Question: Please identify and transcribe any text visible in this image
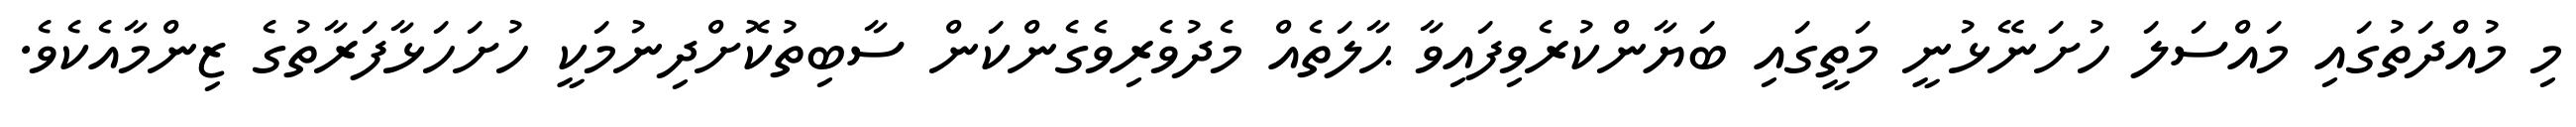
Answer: މި މުއްދަތުގައި މައްސަލަ ހުށަނޭޅުނީ މަތީގައި ބަޔާންކުރެވިފައިވާ ޙާލަތެއް މެދުވެރިވެގެންކަން ސާބިތުކޮށްދިނުމަކީ ހުށަހަޅާފަރާތުގެ ޒިންމާއެކެވެ.